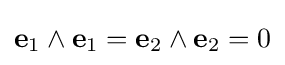
\mathbf {e} _{1}\wedge \mathbf {e} _{1}=\mathbf {e} _{2}\wedge \mathbf {e} _{2}=0